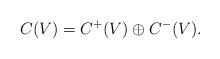
LaTeX: \begin{align*}C(V)=C^+(V)\oplus C^-(V) .\end{align*}